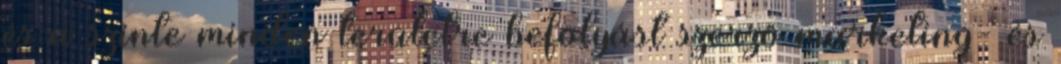
és a szinte minden területre befolyást szerző marketing- és